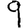
Digit: 9